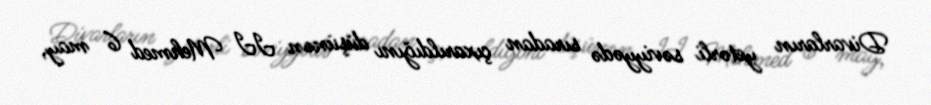
Divarların yetərli səviyyədə sıradan çıxarıldığını düşünən II Mehmed 6 may,